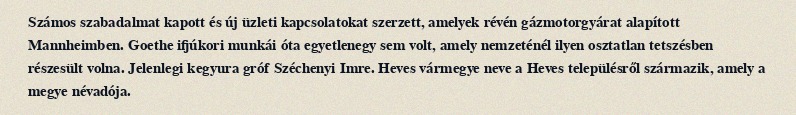
Számos szabadalmat kapott és új üzleti kapcsolatokat szerzett, amelyek révén gázmotorgyárat alapított Mannheimben. Goethe ifjúkori munkái óta egyetlenegy sem volt, amely nemzeténél ilyen osztatlan tetszésben részesült volna. Jelenlegi kegyura gróf Széchenyi Imre. Heves vármegye neve a Heves településről származik, amely a megye névadója.